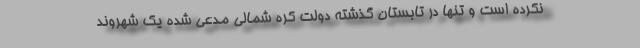
نکرده است و تنها در تابستان گذشته دولت کره شمالی مدعی شده یک شهروند